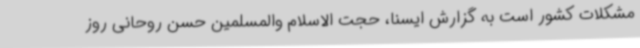
مشکلات کشور است به گزارش ایسنا، حجت الاسلام والمسلمین حسن روحانی روز